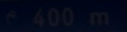
400m